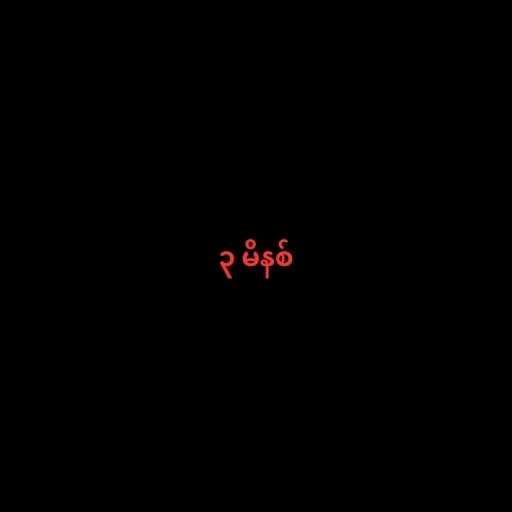
၃ မိနစ်